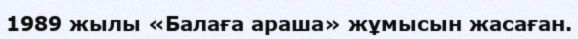
1989 жылы «Балаға араша» жұмысын жасаған.